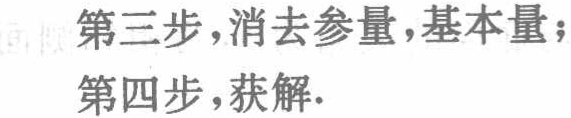
第三步，消去参量，基本量；

第四步，获解.